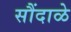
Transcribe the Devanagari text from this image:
सौंदाळे